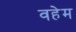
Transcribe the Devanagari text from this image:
वहेम